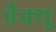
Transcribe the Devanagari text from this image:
ब्रैक्यू